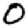
Digit: 0